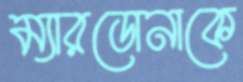
ম্যারডোনাকে